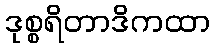
ဒုစ္စရိတာဒိကထာ